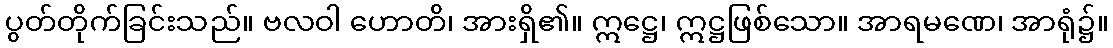
ပွတ်တိုက်ခြင်းသည်။ ဗလဝါ ဟောတိ၊ အားရှိ၏။ ဣဋ္ဌေ၊ ဣဋ္ဌဖြစ်သော။ အာရမဏေ၊ အာရုံ၌။